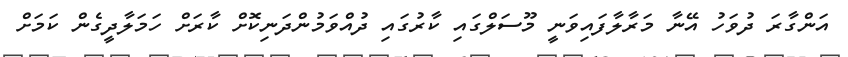
އަންގާރަ ދުވަހު އޭނާ މަރާލާފައިވަނީ މޫސަލްގައި ކާރުގައި ދުއްވަމުންދަނިކޮށް ކާރަށް ހަމަލާދީގެން ކަމަށް